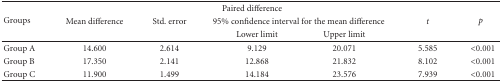
<table><thead><tr><td rowspan="3"><b>Groups</b></td><td colspan="4"><b>Paired difference</b></td><td></td><td rowspan="3"><b><i>p</i></b></td></tr><tr><td><b>Mean difference</b></td><td><b>Std. error</b></td><td colspan="2"><b>95% confidence interval for the mean difference</b></td><td><b><i>t</i></b></td></tr><tr><td></td><td></td><td><b>Lower limit</b></td><td><b>Upper limit</b></td><td></td></tr></thead><tbody><tr><td>Group A</td><td>14.600</td><td>2.614</td><td>9.129</td><td>20.071</td><td>5.585</td><td>&lt;0.001</td></tr><tr><td>Group B</td><td>17.350</td><td>2.141</td><td>12.868</td><td>21.832</td><td>8.102</td><td>&lt;0.001</td></tr><tr><td>Group C</td><td>11.900</td><td>1.499</td><td>14.184</td><td>23.576</td><td>7.939</td><td>&lt;0.001</td></tr></tbody></table>